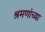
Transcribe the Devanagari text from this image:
श्रमणांच्या